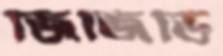
জিজিভি